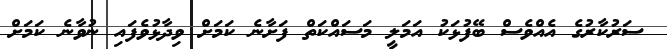
ސަރުކާރުގެ އެއްވެސް ބޭފުޅަކު އަމަލީ މަސައްކަތް ފަށާނެ ކަމަށް ވިދާޅުވެފައި ނުވާނެ ކަމަށް